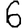
Digit: 6